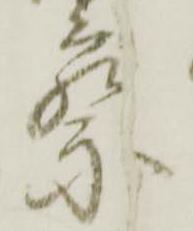
察